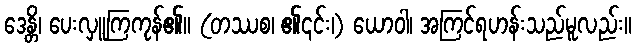
ဒေန္တိ၊ ပေးလှူကြကုန်၏။ (တဿစ၊ ၏၎င်း၊) ယောဝါ၊ အကြင်ရဟန်းသည်မူလည်း။